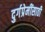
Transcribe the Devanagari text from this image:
दुर्गप्रेमींसाठी